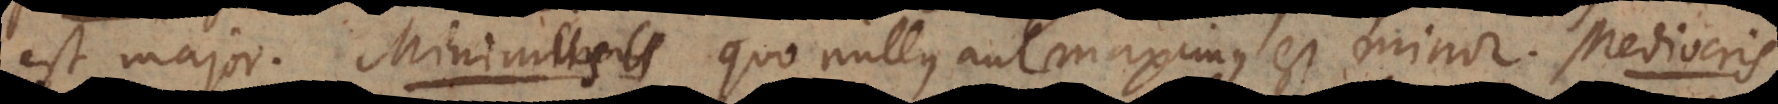
est major. Minimus quo nullus aut maximus est minor. Mediocris